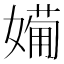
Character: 𱙨